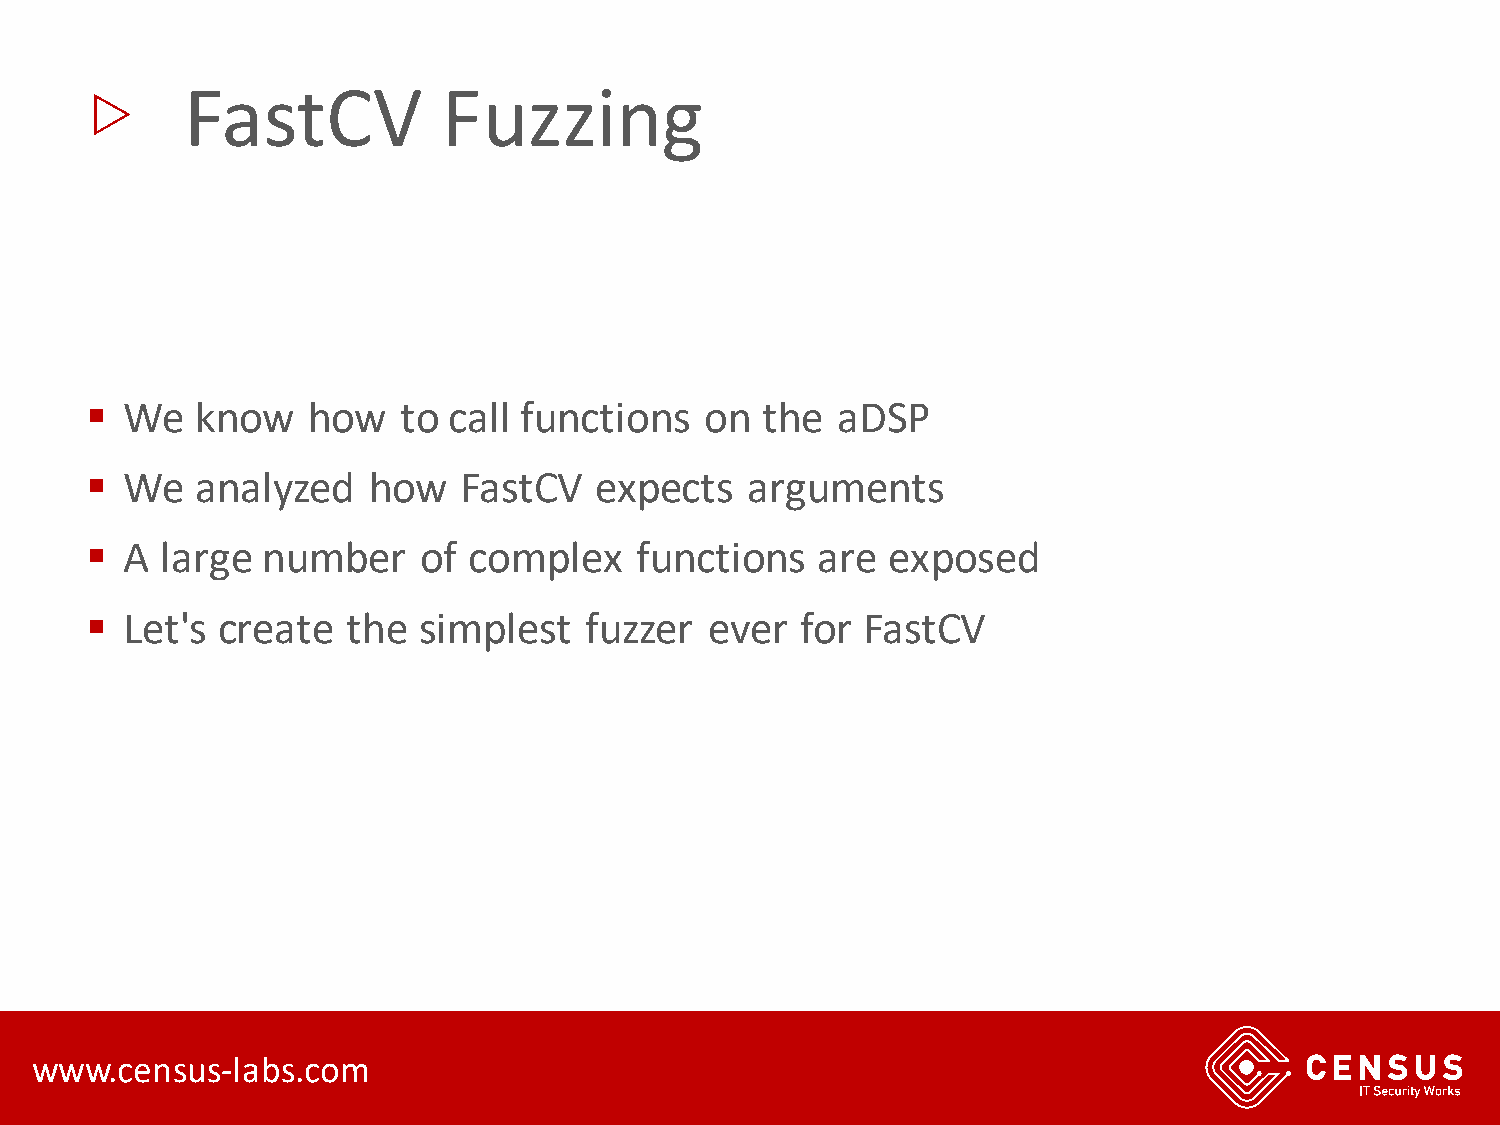
▷
 FastCV           Fuzzing
 ▪ We   know   how   to  call functions   on the  aDSP
 ▪ We   analyzed   how    FastCV  expects    arguments
 ▪ A  large number     of complex    functions   are  exposed
 ▪ Let's create   the  simplest   fuzzer  ever  for FastCV
 www.census-labs.com